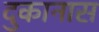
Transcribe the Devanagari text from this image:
दुकानास